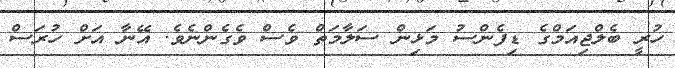
ހުރީ ބެލްޖިއަމްގެ ޑިފެންސު މަޅިން ސަލާމަތް ވެސް ވެގެންނެވެ. އޭނާ އަށް ހުރަސް